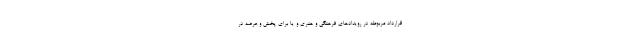
قرارداد مربوطه در رویدادهای فرهنگی و هنری و یا برای پخش و عرضه در